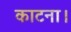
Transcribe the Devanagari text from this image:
काटना।